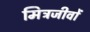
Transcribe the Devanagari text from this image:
मित्रजीवों